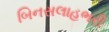
બિનસલાહભરી